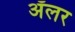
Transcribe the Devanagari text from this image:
ॲलर